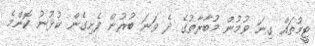
ޓީމުތައް ގިނަ ވުމުން މުބާރާތުގެ ދެ ވަނަ ބުރުން ފެށިގެން ކުޅުނު ކޮންމެ